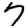
Digit: 7